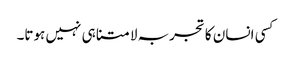
کسی انسان کا تجربہ لامتناہی نہیں ہوتا۔